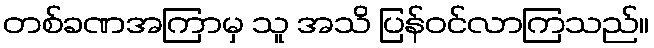
တစ်ခဏအကြာမှ သူ အသိ ပြန်ဝင်လာကြသည်။